system: You are a helpful assistant.
user:
Analyze the provided spectrum to determine if it is a **"Cataclysmic Variables (CV)"**.

- **Key Indicators for CV (Check for either state):**
    - **State 1: Quiescent / Low-State (Emission-Dominated)**
        - **(Primary):** Strong and *very broad* Hydrogen Balmer emission lines (e.g., $H\alpha$ at 6563 Å, $H\beta$ at 4861 Å). The 'broadness' (high velocity dispersion, often FWHM > 1000 km/s) is the key diagnostic, indicating a high-velocity accretion disk.
        - **(Secondary):** Broad neutral Helium (He I) emission lines (e.g., 5876 Å, 6678 Å).
        - **(Key Confirmation):** Presence of high-excitation *ionized* Helium (He II) emission at 4686 Å. This is a strong indicator of accretion onto a white dwarf.
        - **(Line Profile):** Emission lines may exhibit a 'double-peaked' profile, which is a classic signature of a rotating accretion disk viewed at high inclination.

    - **State 2: Outburst / High-State (Absorption-Dominated)**
        - **(Primary):** Spectrum is dominated by a bright, blue continuum (looks like a hot star).
        - **(Secondary):** The emission lines from State 1 are weak, absent, or 'filled in', and are replaced by broad, shallow *absorption* lines (primarily Balmer and He I).
        - **(Morphology):** The overall spectrum mimics a hot B/A-type star. The crucial difference is that the absorption lines are significantly broader, shallower, and more 'washed-out' (or 'smeared') than the sharp lines of a normal stellar photosphere, due to high rotational speeds and pressure broadening in the disk.

Think first, call **spectral_visualization_tool** if needed to examine features in detail, then provide your final answer. Your response must adhere to the following strict rules:
1.  **Overall Structure:** Your response must follow the format `<think>...</think> <tool_call>...</tool_call> (if a tool is used) <answer>...</answer>`.
2.  **Tool Usage Constraint:** You may only make **one** tool call per turn.
3.  **Final Answer Format:** In the `<answer>` tag, your conclusion must be inside a `\boxed{}` command (e.g., `\boxed{YES}`), followed by your justification.

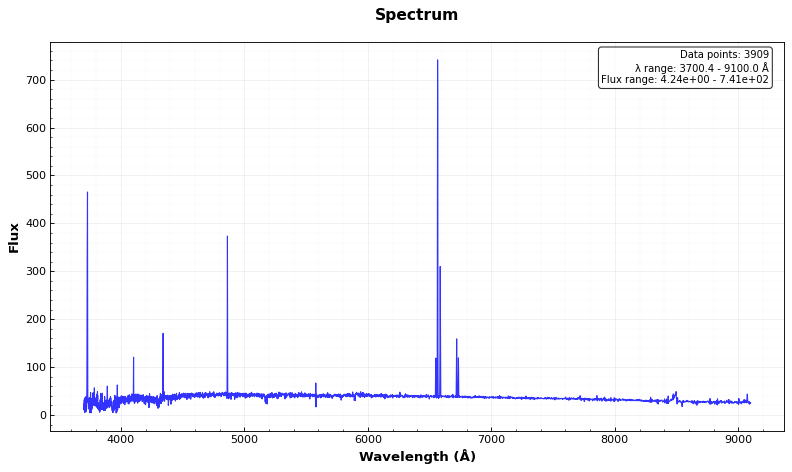
Answer: NO